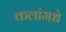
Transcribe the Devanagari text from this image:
कलांमधे